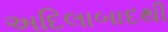
અદિલાબાદથી